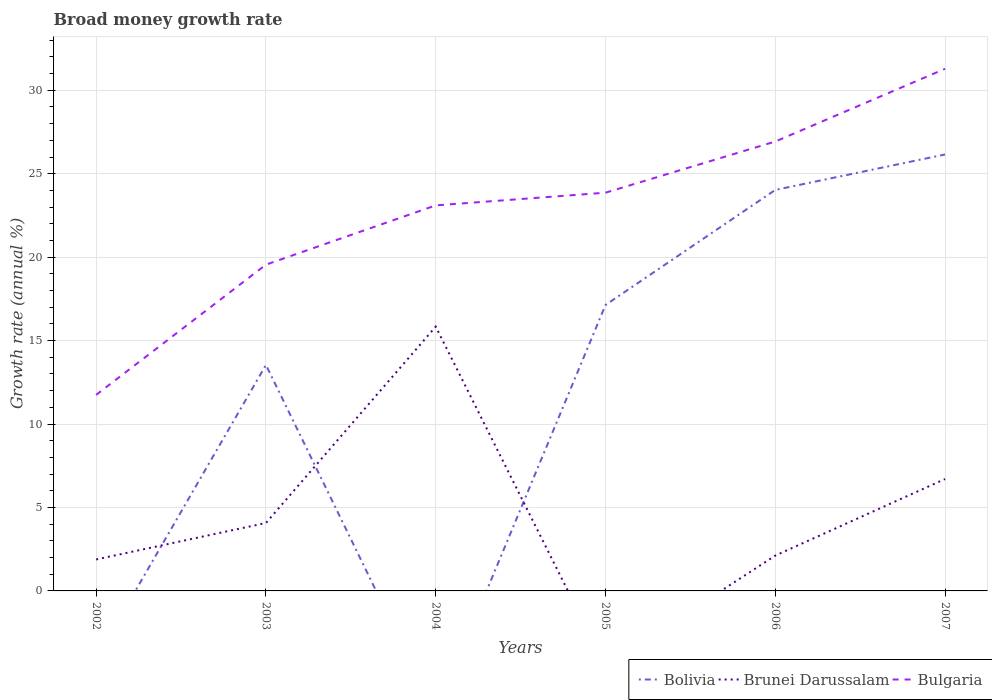
| Years | Bolivia | Brunei Darussalam | Bulgaria |
 | --- | --- | --- | --- |
 | 2002 | -4.06 | 1.89 | 11.7 |
 | 2003 | 13.5 | 4.07 | 19.6 |
 | 2004 | -7.32 | 15.8 | 23.1 |
 | 2005 | 17.1 | -4.5 | 23.9 |
 | 2006 | 24 | 2.12 | 26.9 |
 | 2007 | 26.2 | 6.71 | 31.3 |